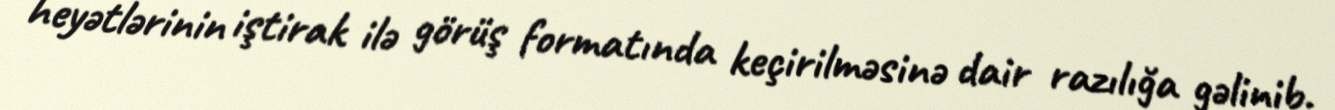
heyətlərinin iştirak ilə görüş formatında keçirilməsinə dair razılığa gəlinib.